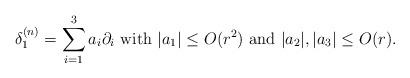
LaTeX: \begin{align*}\delta_1^{(n)}=\sum_{i=1}^3 a_i\partial_i\mbox{ with }|a_1|\leq O(r^2)\mbox{ and }|a_2|, |a_3|\leq O(r).\end{align*}